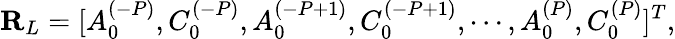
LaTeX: \mathbf{R}_{L}=[A_{0}^{(-P)},C_{0}^{(-P)},A_{0}^{(-P+1)},C_{0}^{(-P+1)},\cdots,A_{0}^{(P)},C_{0}^{(P)}]^{T},